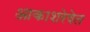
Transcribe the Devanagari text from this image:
आकाशरेषेत